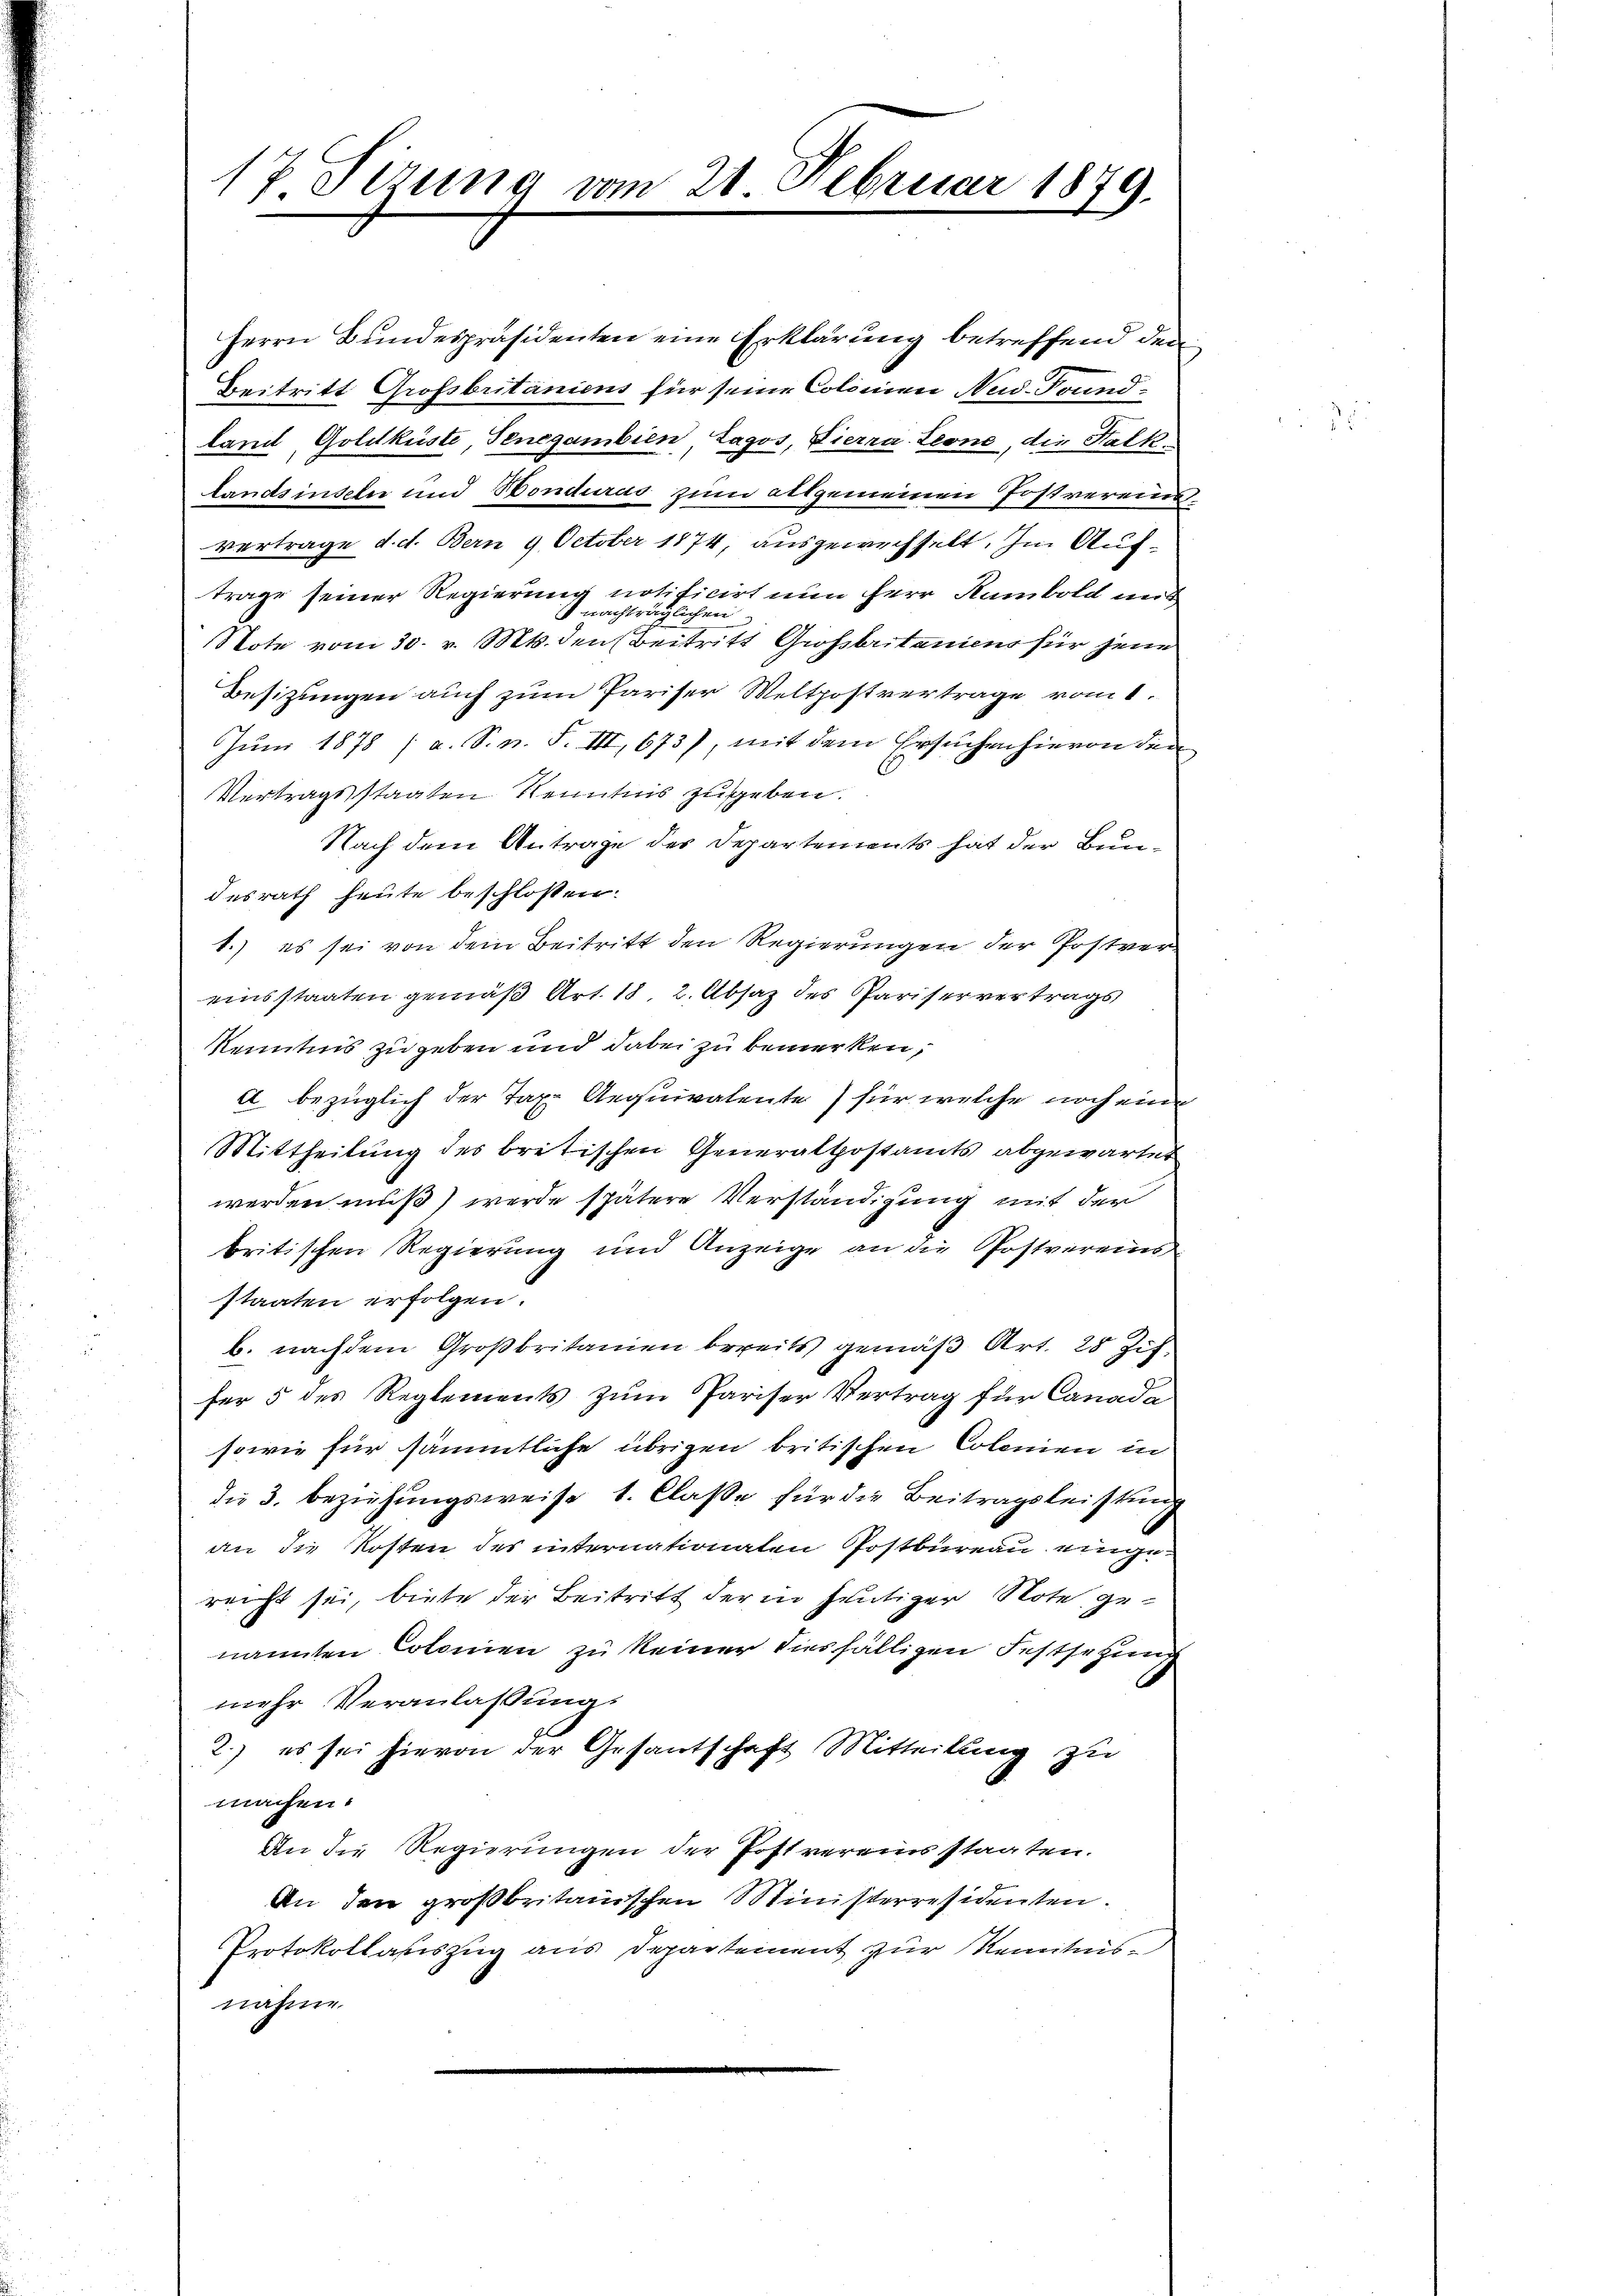
17 Perung vom 21. Februar 1879.

Herrn Bundespräsidenten eine Erklärung betreffend den
Beitritt Grofsbritaniens für seine Colonien Nud.Frundland, Goldküste, Tenegambien Zagos, Vierra- Leone, die Halt¬
Landsinseln und Honduras zum allgemeinen Jostvereins
vertrage d. d. Bern 9 October 1874, ausgewechselt. Im Auftrage seiner Regierung notificirt nun Herr Rambold aus
4 nachträglichen
Note vom 30. v. Mts. den Beitritt Großbritanien für jene
Besitzungen auch zum Pariser Weltpostvertrage vom 1.
Juni 1878 (a. S. n. F. VII, 673), mit dem Ersuchen hievon den
Vertragsstaaten Kenntnis zugeben.
Nach dem Antrage des Departements hat der Bundesrath heute beschlossen:
1.) es sei von dem Beitritt den Regierungen der Postver
einsstaaten gemäß Art. 18, 2. Absaz des Pariservertrags
Kenntnis zu geben und dabei zu bemerken,
a bezüglich der Tax Aequivalente für welche noch eine
Mittheilung des britischen Generaltostamts abgewartet
werden muß) werde spätere Verständigung mit der
britischen Regierung und Anzeige an die Postvereins
staaten erfolgen.
b. nachdem Großbritanien bereits gemäß Art. 28 Zif
fer 5 des Reglements zum Pariser Vertrag für Canada
sowie für sämmtliche übrigen britischen Colonien in
die 3. beziehungsweise 1. Claße für die Beitragsleistung
an die Kosten des internationaten Postbureau eingerecht sei, biete der Beitritt der in heutiger Note genannten Colonien zu keiner diesfälligen Festsetzung
mehr Veranlaßung.
2.) es sei hievon der Gesantschaft Mitteilung zu
machen.
An die Regierungen der Postvereins staaten.
An den großbritanischen Ministerresidenten.
Protokollasiszug aus Departement zur Kenntnisnahme